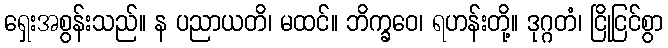
ရှေးအစွန်းသည်။ န ပညာယတိ၊ မထင်။ ဘိက္ခဝေ၊ ရဟန်းတို့။ ဒုဂ္ဂတံ၊ ငြိုငြင်စွာ